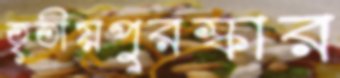
তৃতীয়পুরস্কার